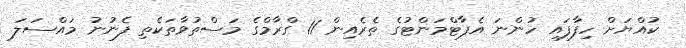
ކުއްޔަށް ހިފާފައި ހުންނަ އެޕާޓްމަންޓުގެ ތެރެއިން 11 ގްރާމްގެ މަސްތުވާތަކެތި ފެނުނު މައްސަލަ